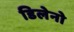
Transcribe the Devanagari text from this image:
डिलेनो